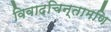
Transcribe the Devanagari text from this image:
विवादचिन्तामणि